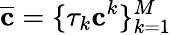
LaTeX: \overline{{\mathbf{c}}}=\{ \tau_{k}\mathbf{c}^{k}\} _{k=1}^{M}